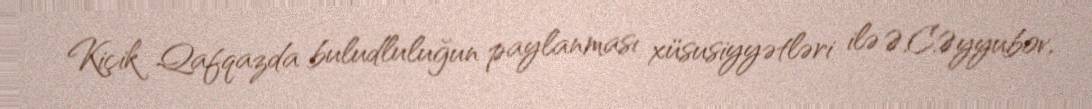
Kiçik Qafqazda buludluluğun paylanması xüsusiyyətləri ilə Ə.C.Əyyubov,